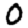
Digit: 0